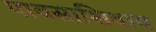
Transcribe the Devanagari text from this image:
पावसाशिवाय